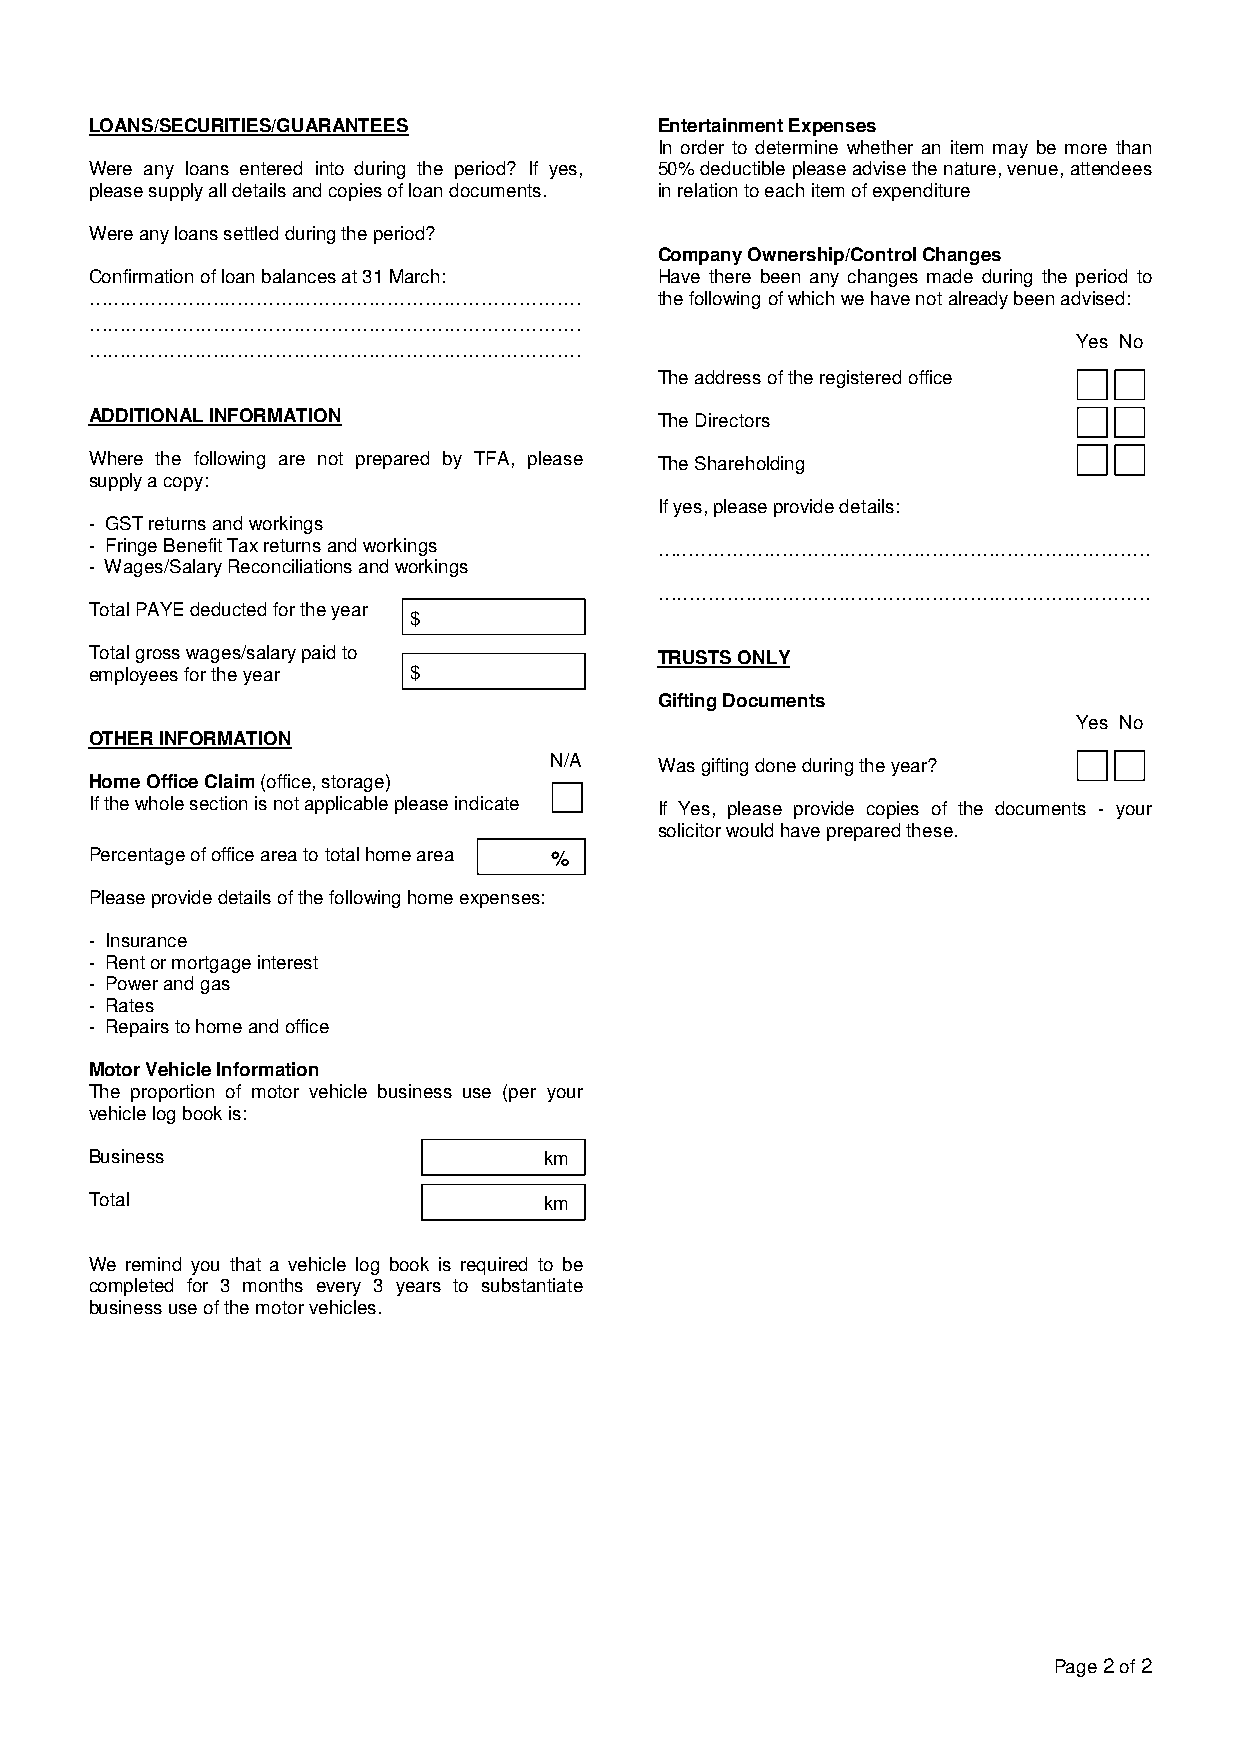
LOANS/SECURITIES/GUARANTEES           Entertainment Expenses
 In order to determine whether an item may be more than
 Were any loans entered into during the period? If yes, 50% deductible please advise the nature, venue, attendees
 please supply all details and copies of loan documents. in relation to each item of expenditure
 Were any loans settled during the period?
 Company Ownership/Control Changes
 Confirmation of loan balances at 31 March: Have there been any changes made during the period to
 ………………….…………………………………………………           the following of which we have not already been advised:
 ………………….…………………………………………………
 Yes No
 ………………….…………………………………………………
 The address of the registered office
 ADDITIONAL INFORMATION                The Directors
 Where the following are not prepared by TFA, please The Shareholding
 supply a copy:
 If yes, please provide details:
 - GST returns and workings
 - Fringe Benefit Tax returns and workings …………………………………………………………………….
 - Wages/Salary Reconciliations and workings
 …………………………………………………………………….
 Total PAYE deducted for the year
 $
 Total gross wages/salary paid to      TRUSTS ONLY
 employees for the year $
 Gifting Documents
 Yes No
 OTHER INFORMATION
 N/A     Was gifting done during the year?
 Home Office Claim (office, storage)
 If the whole section is not applicable please indicate If Yes, please provide copies of the documents - your
 solicitor would have prepared these.
 Percentage of office area to total home area %
 Please provide details of the following home expenses:
 - Insurance
 - Rent or mortgage interest
 - Power and gas
 - Rates
 - Repairs to home and office
 Motor Vehicle Information
 The proportion of motor vehicle business use (per your
 vehicle log book is:
 Business                      km
 Total                         km
 We remind you that a vehicle log book is required to be
 completed for 3 months every 3 years to substantiate
 business use of the motor vehicles.
 Page 2 of 2